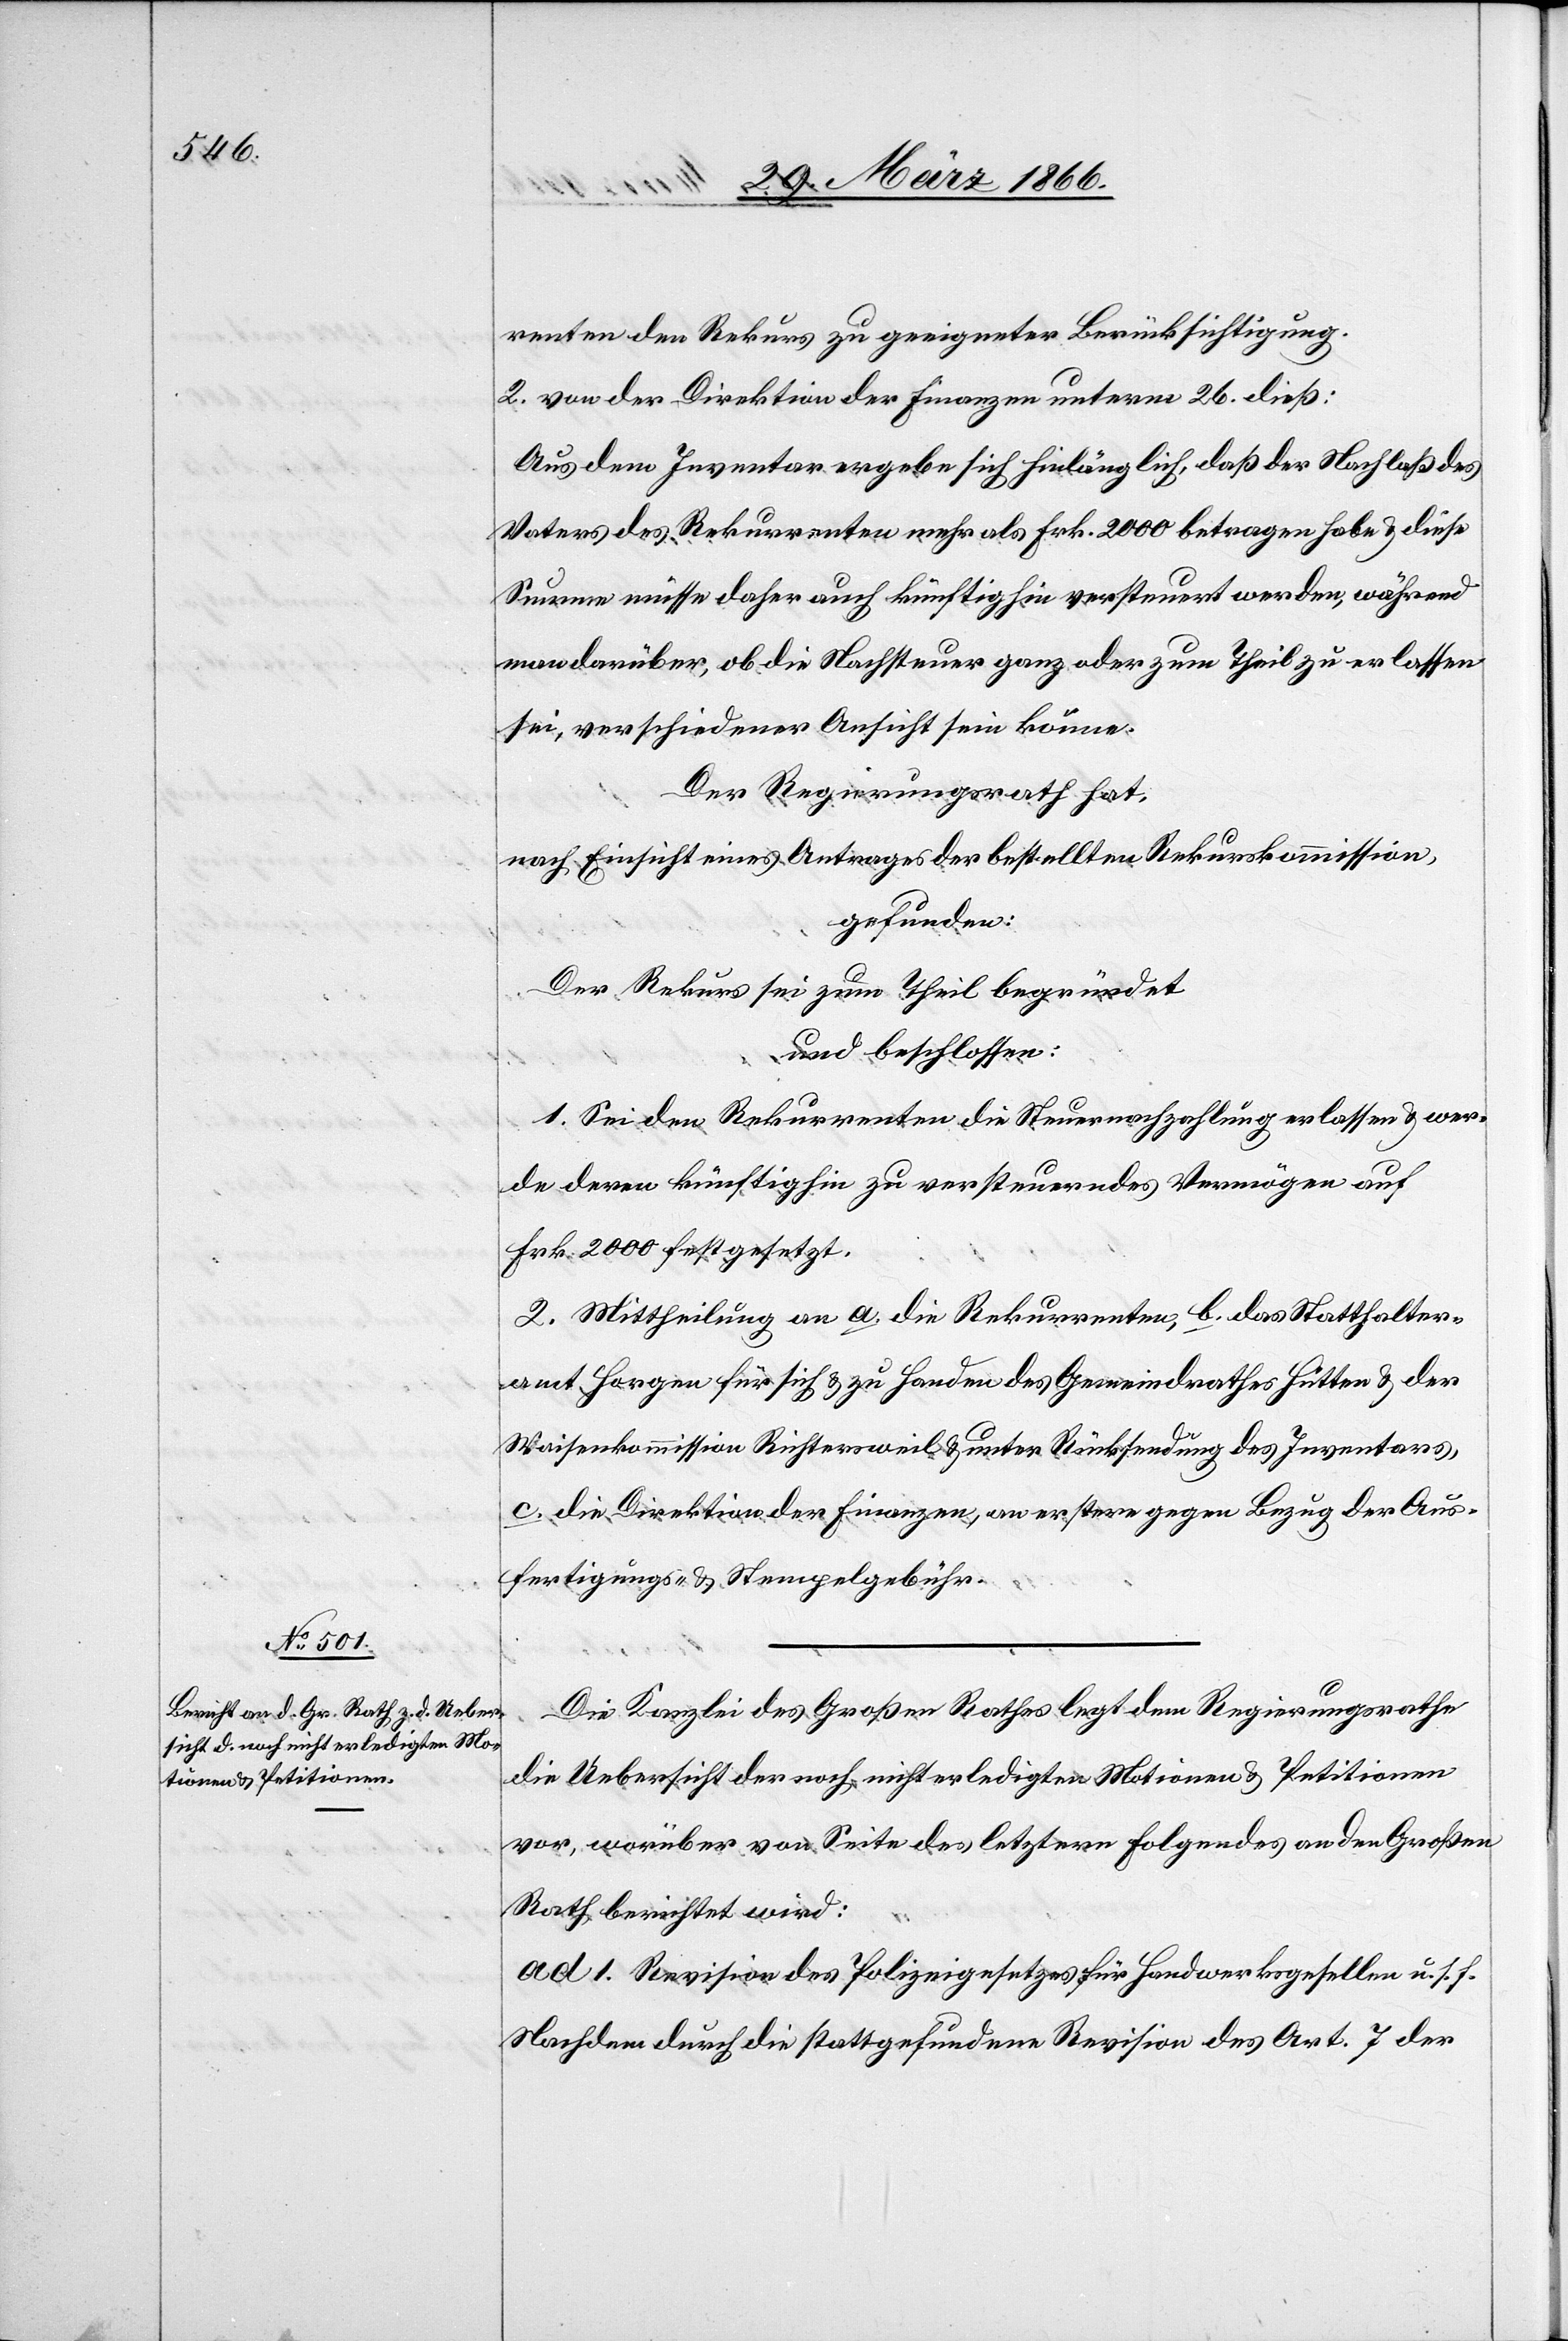
renten den Rekurs zu geeigneter Berücksichtigung.
2. von der Direktion der Finanzen unterm 26. dieß:
Aus dem Inventar ergebe sich hinlänglich, daß der Nachlaß des
Vaters des Rekurrenten mehr als Frk. 2000 betragen habe u. diese
Summe müsse daher auch künftig hin versteuert werden, während
man darüber, ob die Nachsteuer ganz oder zum Theil zu erlassen
sei, verschiedener Ansicht sein könne.
Der Regierungsrath hat,
nach Einsicht eines Antrages der bestellten Rekurskommission,
gefunden:
Der Rekurs sei zum Theil begründet.
und beschlossen:
1. Sei dem Rekurrenten die Steuernachzahlung erlassen u. wer¬
de deren künftig zu versteuerndes Vermögen auf
Frk. 2000 festgesetzt.
2. Mittheilung an a. die Rekurrenten, b. das Statthalter¬
amt Horgen für sich u. zu Handen des Gemeindrathes Hütten u. der
Waisenkommission Richtersweil u. unter Rückstellung des Inventares,
c. die Direktion der Finanzen, an erstern gegen Bezug der Aus¬
fertigungs- u. Stempelgebühren.
Die Kanzlei des Großen Rathes legt dem Regierungsrathe
die Uebersicht der noch nicht erledigten Motionen u. Petitionen
vor, worüber von Seite des letztern Folgendes an den Großen
Rath berichtet wird:
ad 1. Revision des Polizeigesetzes für Handwerksgesellen u. s. f.
Nachdem durch die stattgefundene Revision des Art. 7 der